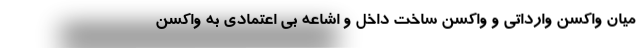
میان واکسن وارداتی و واکسن ساخت داخل و اشاعه بی اعتمادی به واکسن